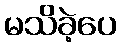
မသိခဲ့ပေ